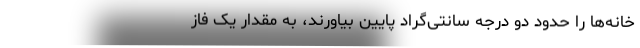
خانه‌ها را حدود دو درجه سانتی‌گراد پایین بیاورند، به مقدار یک فاز